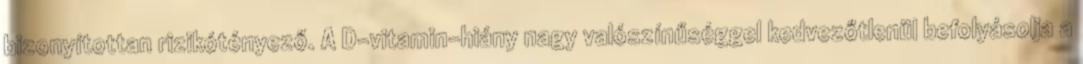
bizonyítottan rizikótényező. A D-vitamin-hiány nagy valószínűséggel kedvezőtlenül befolyásolja a